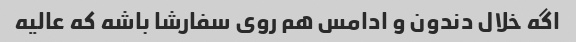
اگه خلال دندون و ادامس هم روی سفارشا باشه که عالیه